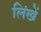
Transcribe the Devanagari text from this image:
लिंखें